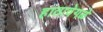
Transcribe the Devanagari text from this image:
हातावेगळे